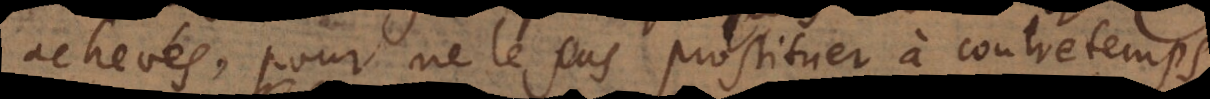
achevés, pour ne le pas prostituer à contretemps